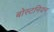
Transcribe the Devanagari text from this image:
बोस्टनियन